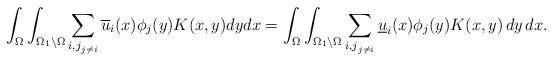
LaTeX: \begin{align*}\int_\Omega\int_{\Omega_1\setminus\Omega}\sum_{{i,j}_{j \neq i}}\overline{u}_{i}(x)\phi_j(y)K(x,y)dydx=\int_\Omega\int_{\Omega_1\setminus\Omega}\sum_{{i,j}_{j \neq i}} \underline{u}_{i}(x)\phi_j(y)K(x,y)\,dy\,dx.\end{align*}